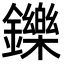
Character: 鑠